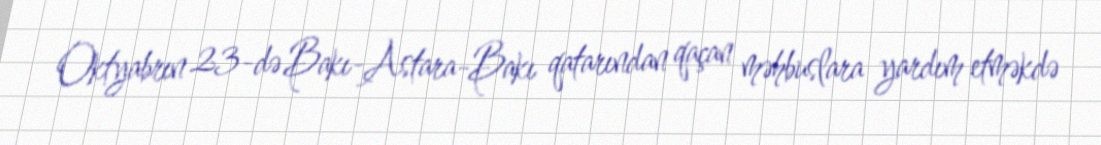
Oktyabrın 23-də Bakı-Astara-Bakı qatarından qaçan məhbuslara yardım etməkdə